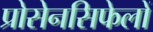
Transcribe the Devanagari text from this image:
प्रोसेनसिफेलों